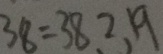
3 8 = 3 8 、 2 、 1 9